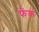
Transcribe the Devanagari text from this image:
फंेक